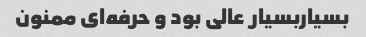
بسیاربسیار عالی بود و حرفه‌ای ممنون